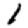
Digit: 1